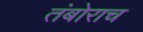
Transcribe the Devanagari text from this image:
तंबोराच